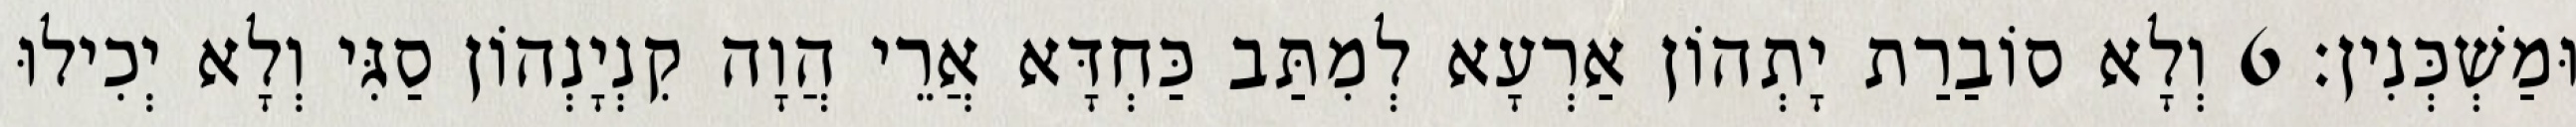
וּמַשְׁכְּנִין׃ 6 וְלָא סוֹבַרַת יָתְהוֹן אַרְעָא לְמִתַּב כַּחְדָּא אֲרֵי הֲוָה קִנְיָנְהוֹן סַגִּי וְלָא יְכִילוּ